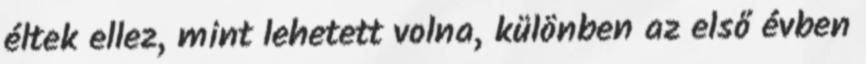
éltek ellez, mint lehetett volna, különben az első évben